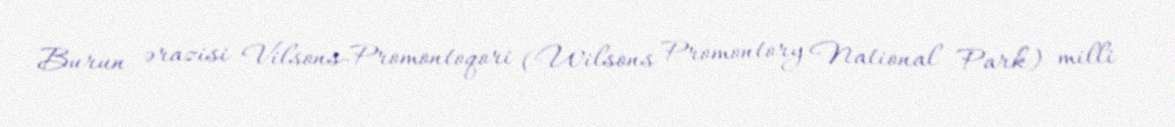
Burun ərazisi Vilsons-Promontoqori (Wilsons Promontory National Park) milli